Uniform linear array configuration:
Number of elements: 32
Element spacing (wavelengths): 0.75
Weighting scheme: hamming
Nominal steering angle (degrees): -45
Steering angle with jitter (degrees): -43.675
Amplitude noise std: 0.05
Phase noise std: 0.05

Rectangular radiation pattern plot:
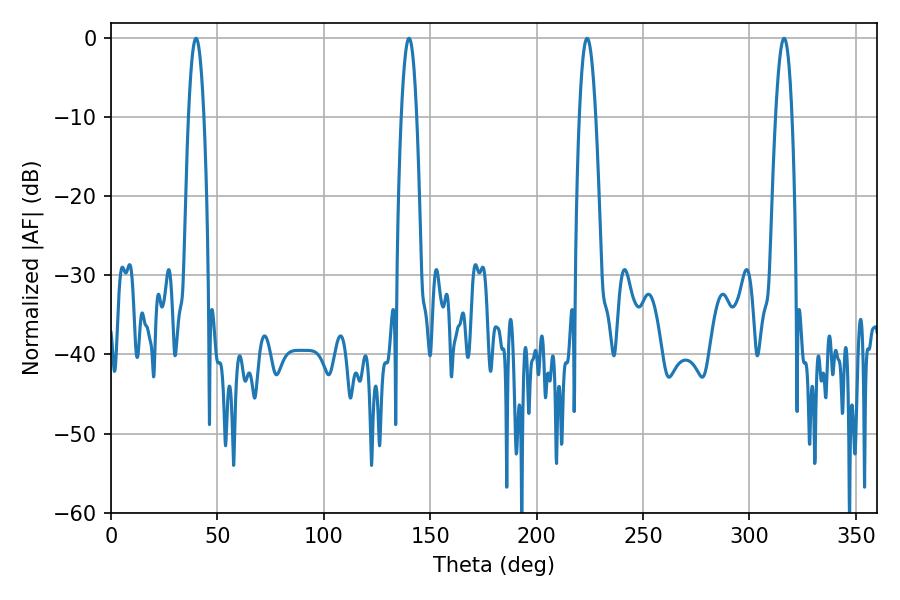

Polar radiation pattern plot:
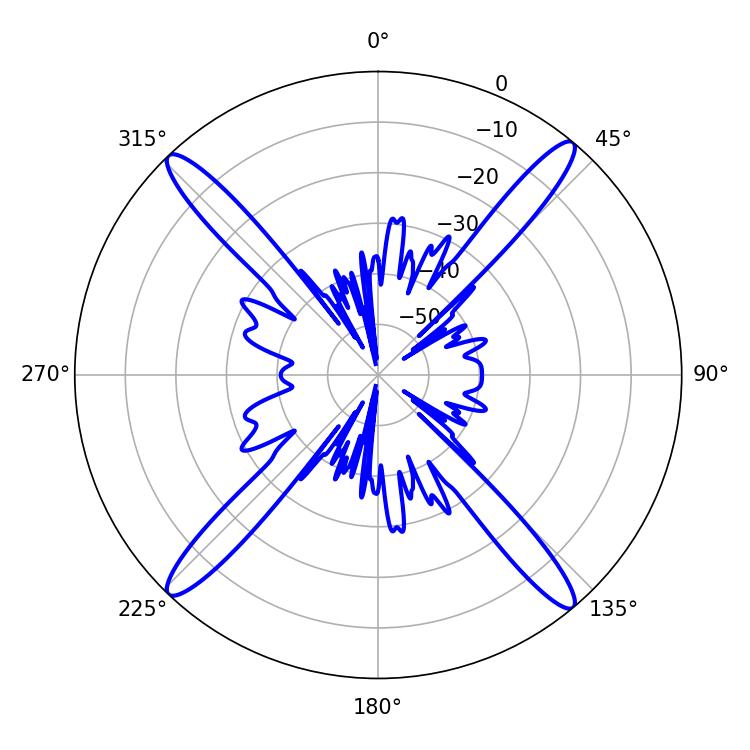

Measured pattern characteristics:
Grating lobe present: TRUE
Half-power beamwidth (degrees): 3.96
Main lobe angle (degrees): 39.96